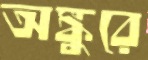
অঙ্কুরে